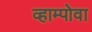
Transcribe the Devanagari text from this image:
व्हाम्पोवा